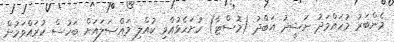
މެންބަރު މުހައްމަދު ނަޝީދު އަބްދު (މޮސްޓާ) ހުށަހެޅުއްވި ކުއްލި މައްސަލައަށް ބަހުސް ކުރައްވަމުން